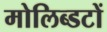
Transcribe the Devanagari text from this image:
मोलिब्डटों